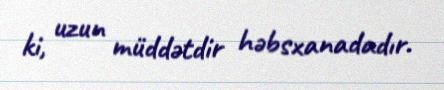
ki, uzun müddətdir həbsxanadadır.